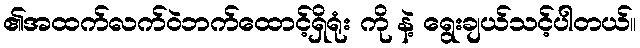
၏အထက်လက်ဝဲဘက်ထောင့်ရှိရုံး ကို နဲ့ ရွေးချယ်သင့်ပါတယ်။